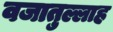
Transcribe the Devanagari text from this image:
वजातुल्लाह